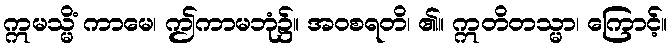
ဣမသ္မိံ ကာမေ၊ ဤကာမဘုံ၌။ အဝစရတိ၊ ၏။ ဣတိတသ္မာ၊ ကြောင့်။